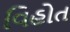
વિહોત